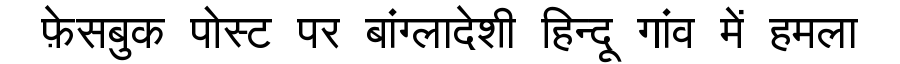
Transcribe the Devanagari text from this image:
फ़ेसबुक पोस्ट पर बांग्लादेशी हिन्दू गांव में हमला